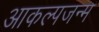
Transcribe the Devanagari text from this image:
आकल्पजन्म